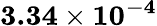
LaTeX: \mathbf{3.34\times 10^{-4}}